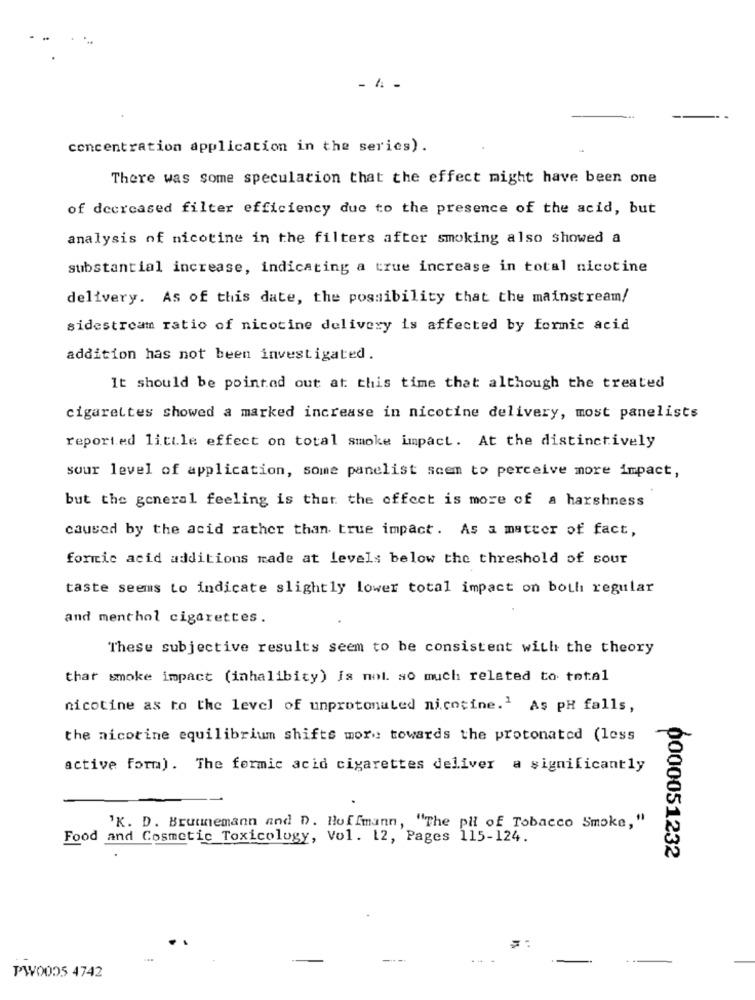
- 4 -
concentration application in the series) .
There was some speculation that the effect might have been one
of decreased filter efficiency due to the presence of the acid, but
analysis of nicotine in the filters after smoking also showed a
substantial increase, indicating a true increase in total nicotine
delivery. As of this date, the possibility that the mainstream!
sidestream ratio of nicotine delivery is affected by formic acid
addition has not been investigated.
It should be pointed out at this time that although the treated
cigarettes showed a marked increase in nicotine delivery, most panelists
reported little effect on total smoke impact. At the distinctively
sour level of application, some panelist scem to perceive more impact,
but the general feeling is that the offect is more of a harshness
caused by the acid rather than true impact . As a matter of fact,
formic acid additions made at levels below the threshold of sour
taste seems to indicate slightly lower total impact on both regular
and menthol cigarettes.
These subjective results seem to be consistent with the theory
that smoke impact (inhalibity) is nol. so much related to total
nicotine as to the level of unprotonaled nicotine.1 As PH falls,
the nicotine equilibrium shifts more: towards the protonated (less
active form). The formic acid cigarettes deliver a significantly
'K. D. Brunnemann and D. Hoffmann, "The pil of Tobacco Smoke,"
Food and Cosmetic Toxicology, Vol. 12, Pages 115-124.
0000051232
PW0005 4742